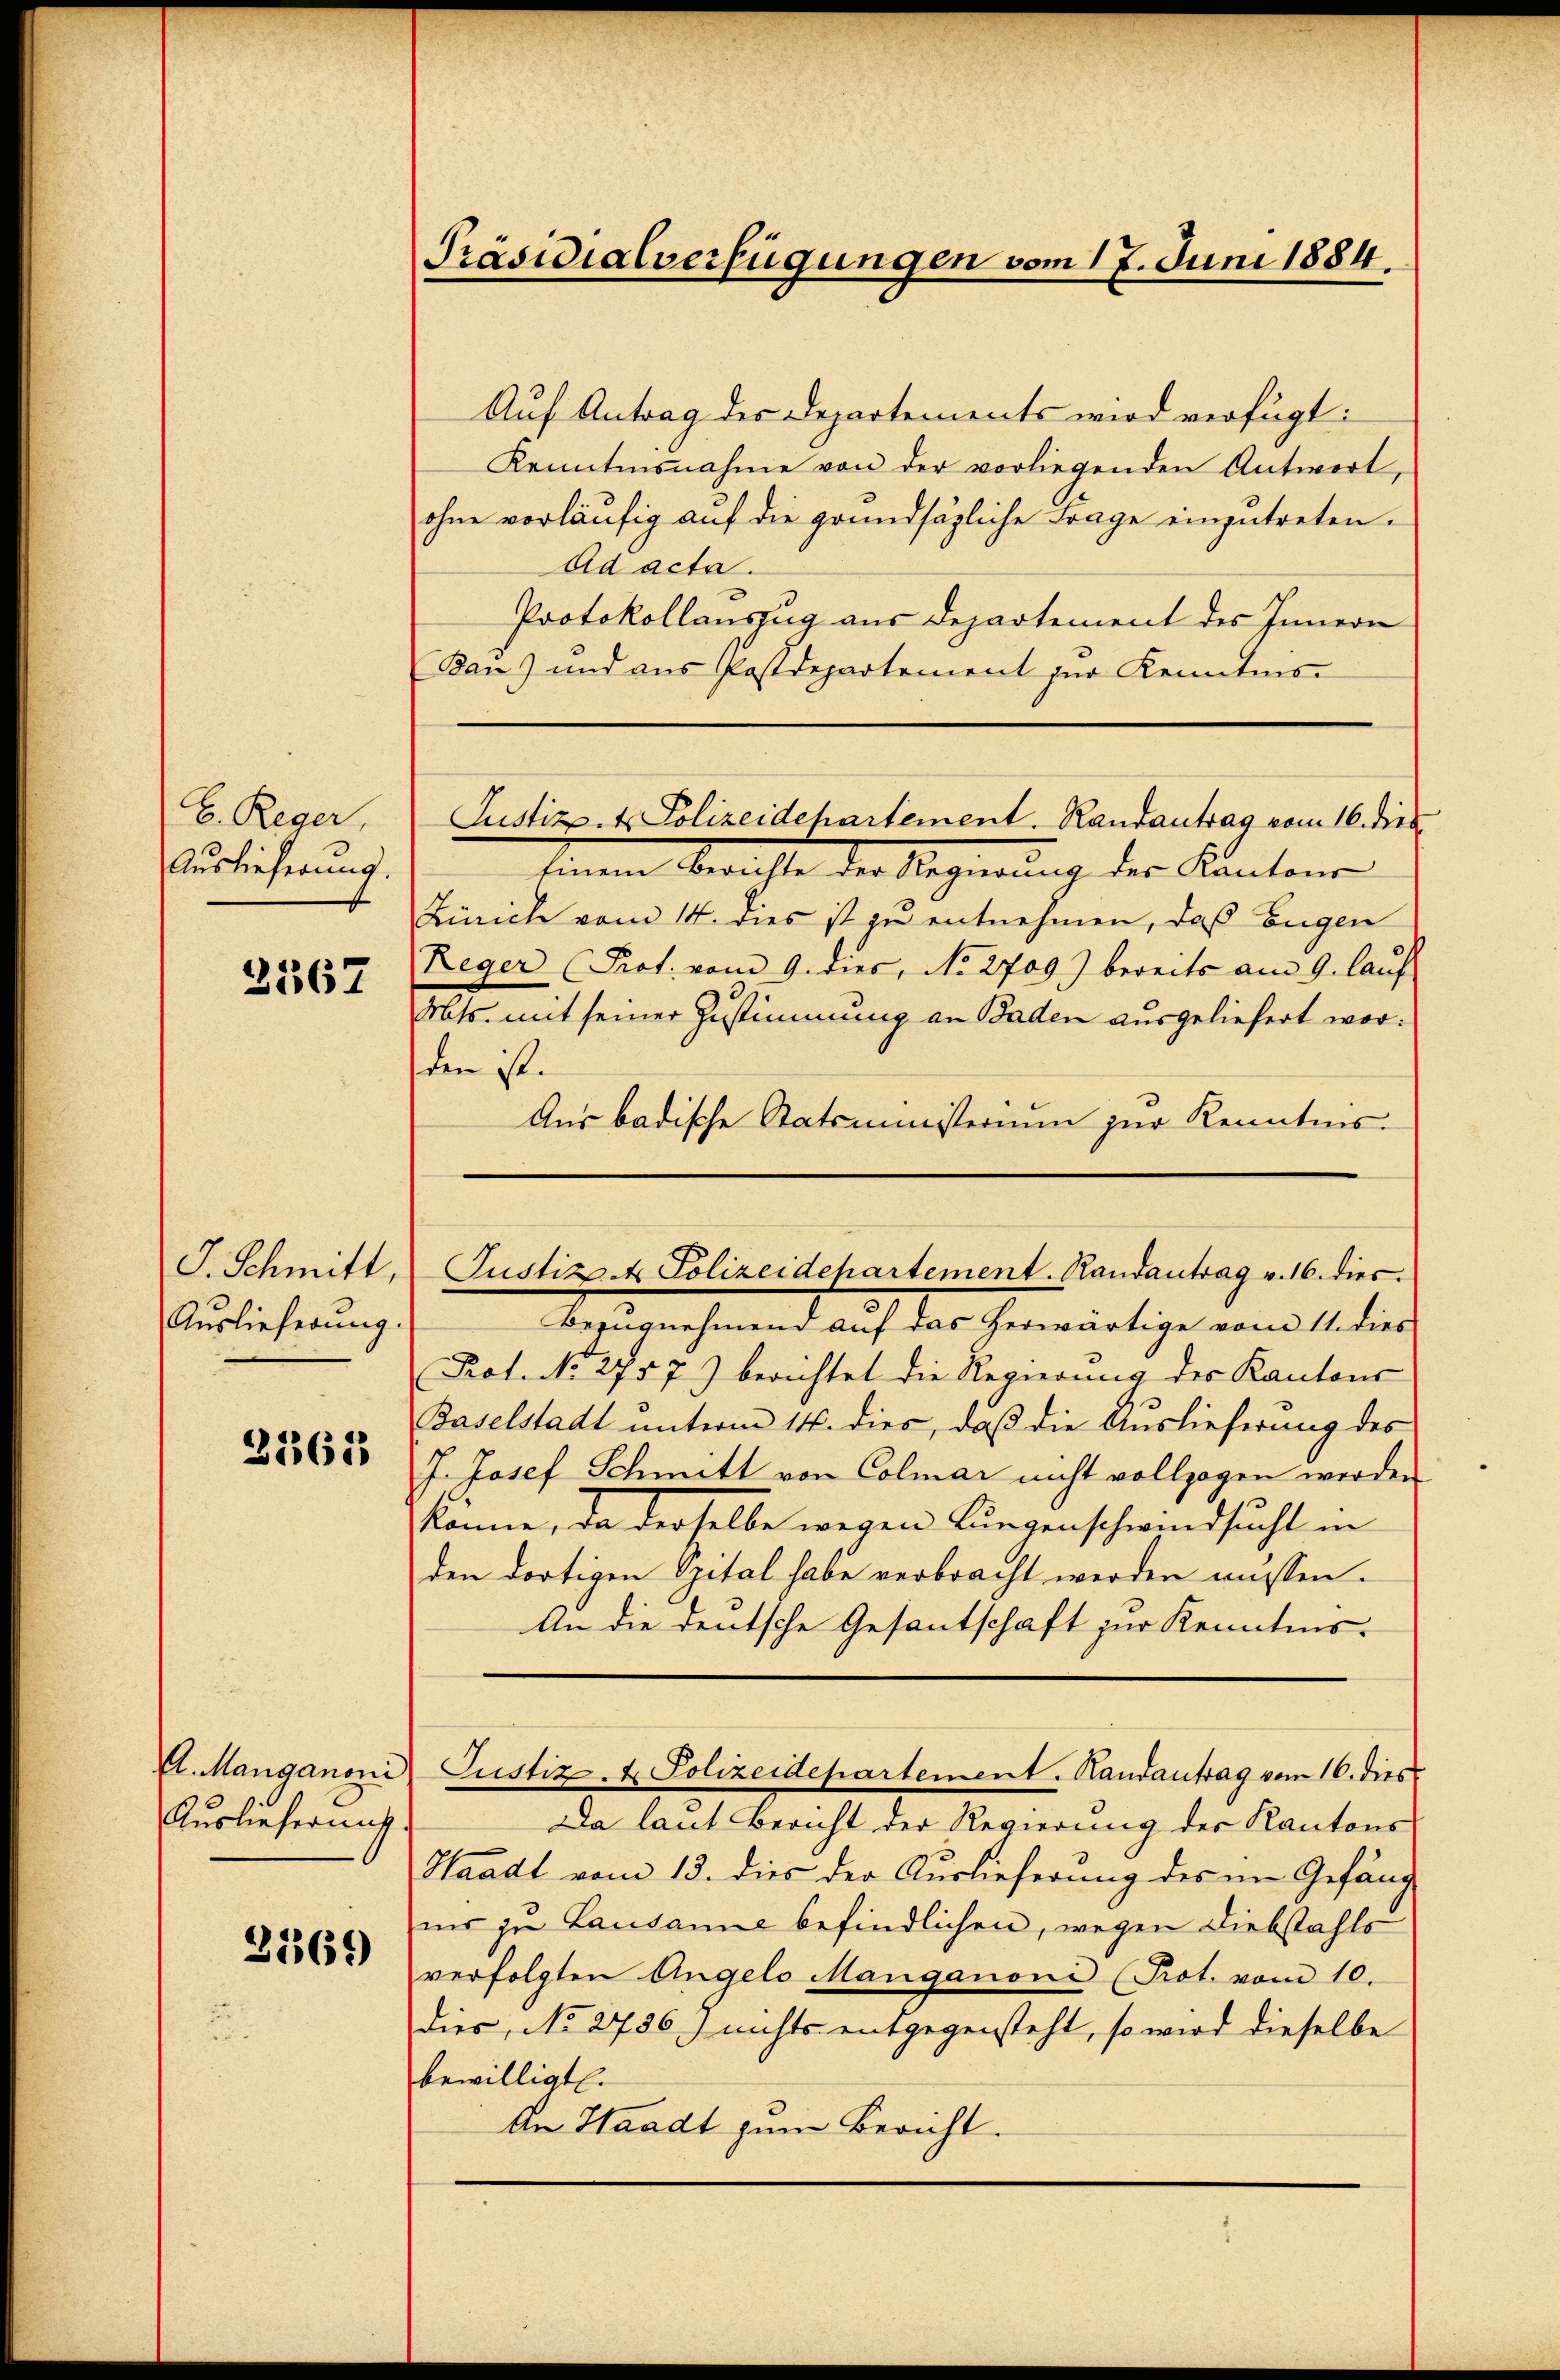
E. Reger,
Auslieferung.

3567

G. Schmitt,
Auslieferŭng.

2363

Auslieferung.

2569

Präsidialverfügungen vom 17. Juni 1884.

Auf Antrag des Departements wird verfügt:
Kenntnisnahme von der vorliegenden Antwort,
ohne vorläufig auf die grundsätzliche Frage einzutreten.
Ad acta.
Protokollauszug aus Departement des Innern
Ban) und aus Postdepartement zur Kenntnis
leinem Oberichte der Regierung der Kantons
Zürich vom 14. dies ist zu entnehmen, daß Eugen
Reger (Prot. vom 9. dies, No 2709.) bereits am 9. laŭf
Mts. mit seiner Zustimmung an Baden ausgeliefert worden ist.
Aus badische Statsministerium zur Kenntnis.
Bezugnehmend auf das herwärtige vom 11. dies
Prot. No 2757) berichtet die Regierung der Kantons
Baselstadt unterm 14. dies, daß die Auslieferung des
J. Josef Schmitt von Colmar nicht vollzogen werden.
könne, da derselbe wegen Lungenschwindsucht in
den dortigen Spital habe verbracht werden müssen.
An die deutsche Gesantschaft zur Kenntnis.
Vl. Manganoni Justiz- & Polizeidepartement. Handantrag vom 16. dies
Da laut Bericht der Regierung der Kantons-
Waadt vom 13. dies der Auslieferung des im Gefäng
ni zu Lausanne befindlichen, wegen Diebstahls
verfolgten Angelo Manganoni (Prot. vom 10.
dies, No 2736) nichts entgegensteht, so wird dieselbe
bewilligt.
An Waadt zum Bericht.

Justiz- & Polizeidepartement. Randantrag vom 16. dies

Justiz. Polizeidepartement. Randantrag v. 16. dies.